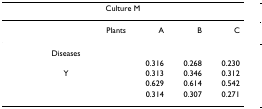
<table><thead><tr><td colspan="4"><b>Culture M</b></td></tr></thead><tbody><tr><td>Plants</td><td>A</td><td>B</td><td>C</td></tr><tr><td>Diseases</td><td>[EMPTY_CELL]</td><td>[EMPTY_CELL]</td><td>[EMPTY_CELL]</td></tr><tr><td>[EMPTY_CELL]</td><td>0.316</td><td>0.268</td><td>0.230</td></tr><tr><td>Y</td><td>0.313</td><td>0.346</td><td>0.312</td></tr><tr><td>[EMPTY_CELL]</td><td>0.629</td><td>0.614</td><td>0.542</td></tr><tr><td>[EMPTY_CELL]</td><td>0.314</td><td>0.307</td><td>0.271</td></tr></tbody></table>